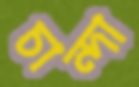
চান্দা